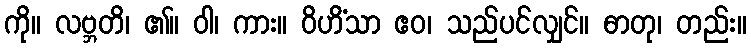
ကို။ လဗ္ဘတိ၊ ၏။ ဝါ၊ ကား။ ဝိဟိံသာ ဧဝ၊ သည်ပင်လျှင်။ ဓာတု၊ တည်း။